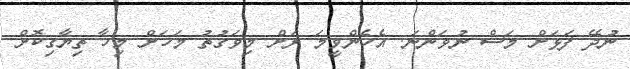
ނުދޭ ފަޅަށް މަސް ނުވަންނަ. އެހެންވީމަ ރަށް މިވަގުތު މަހަށް މިހާ ތިޔާގިކޮށް